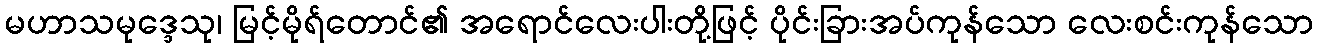
မဟာသမုဒ္ဒေသု၊ မြင့်မိုရ်တောင်၏ အရောင်လေးပါးတို့ဖြင့် ပိုင်းခြားအပ်ကုန်သော လေးစင်းကုန်သော